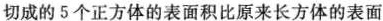
切成的5个正方体的表面